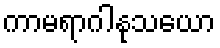
ကာမရာဂါနုသယော